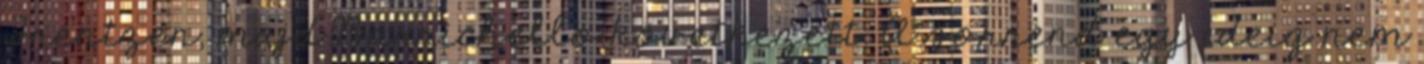
Frentzen, majd Barrichello következett. A sorrend egy ideig nem